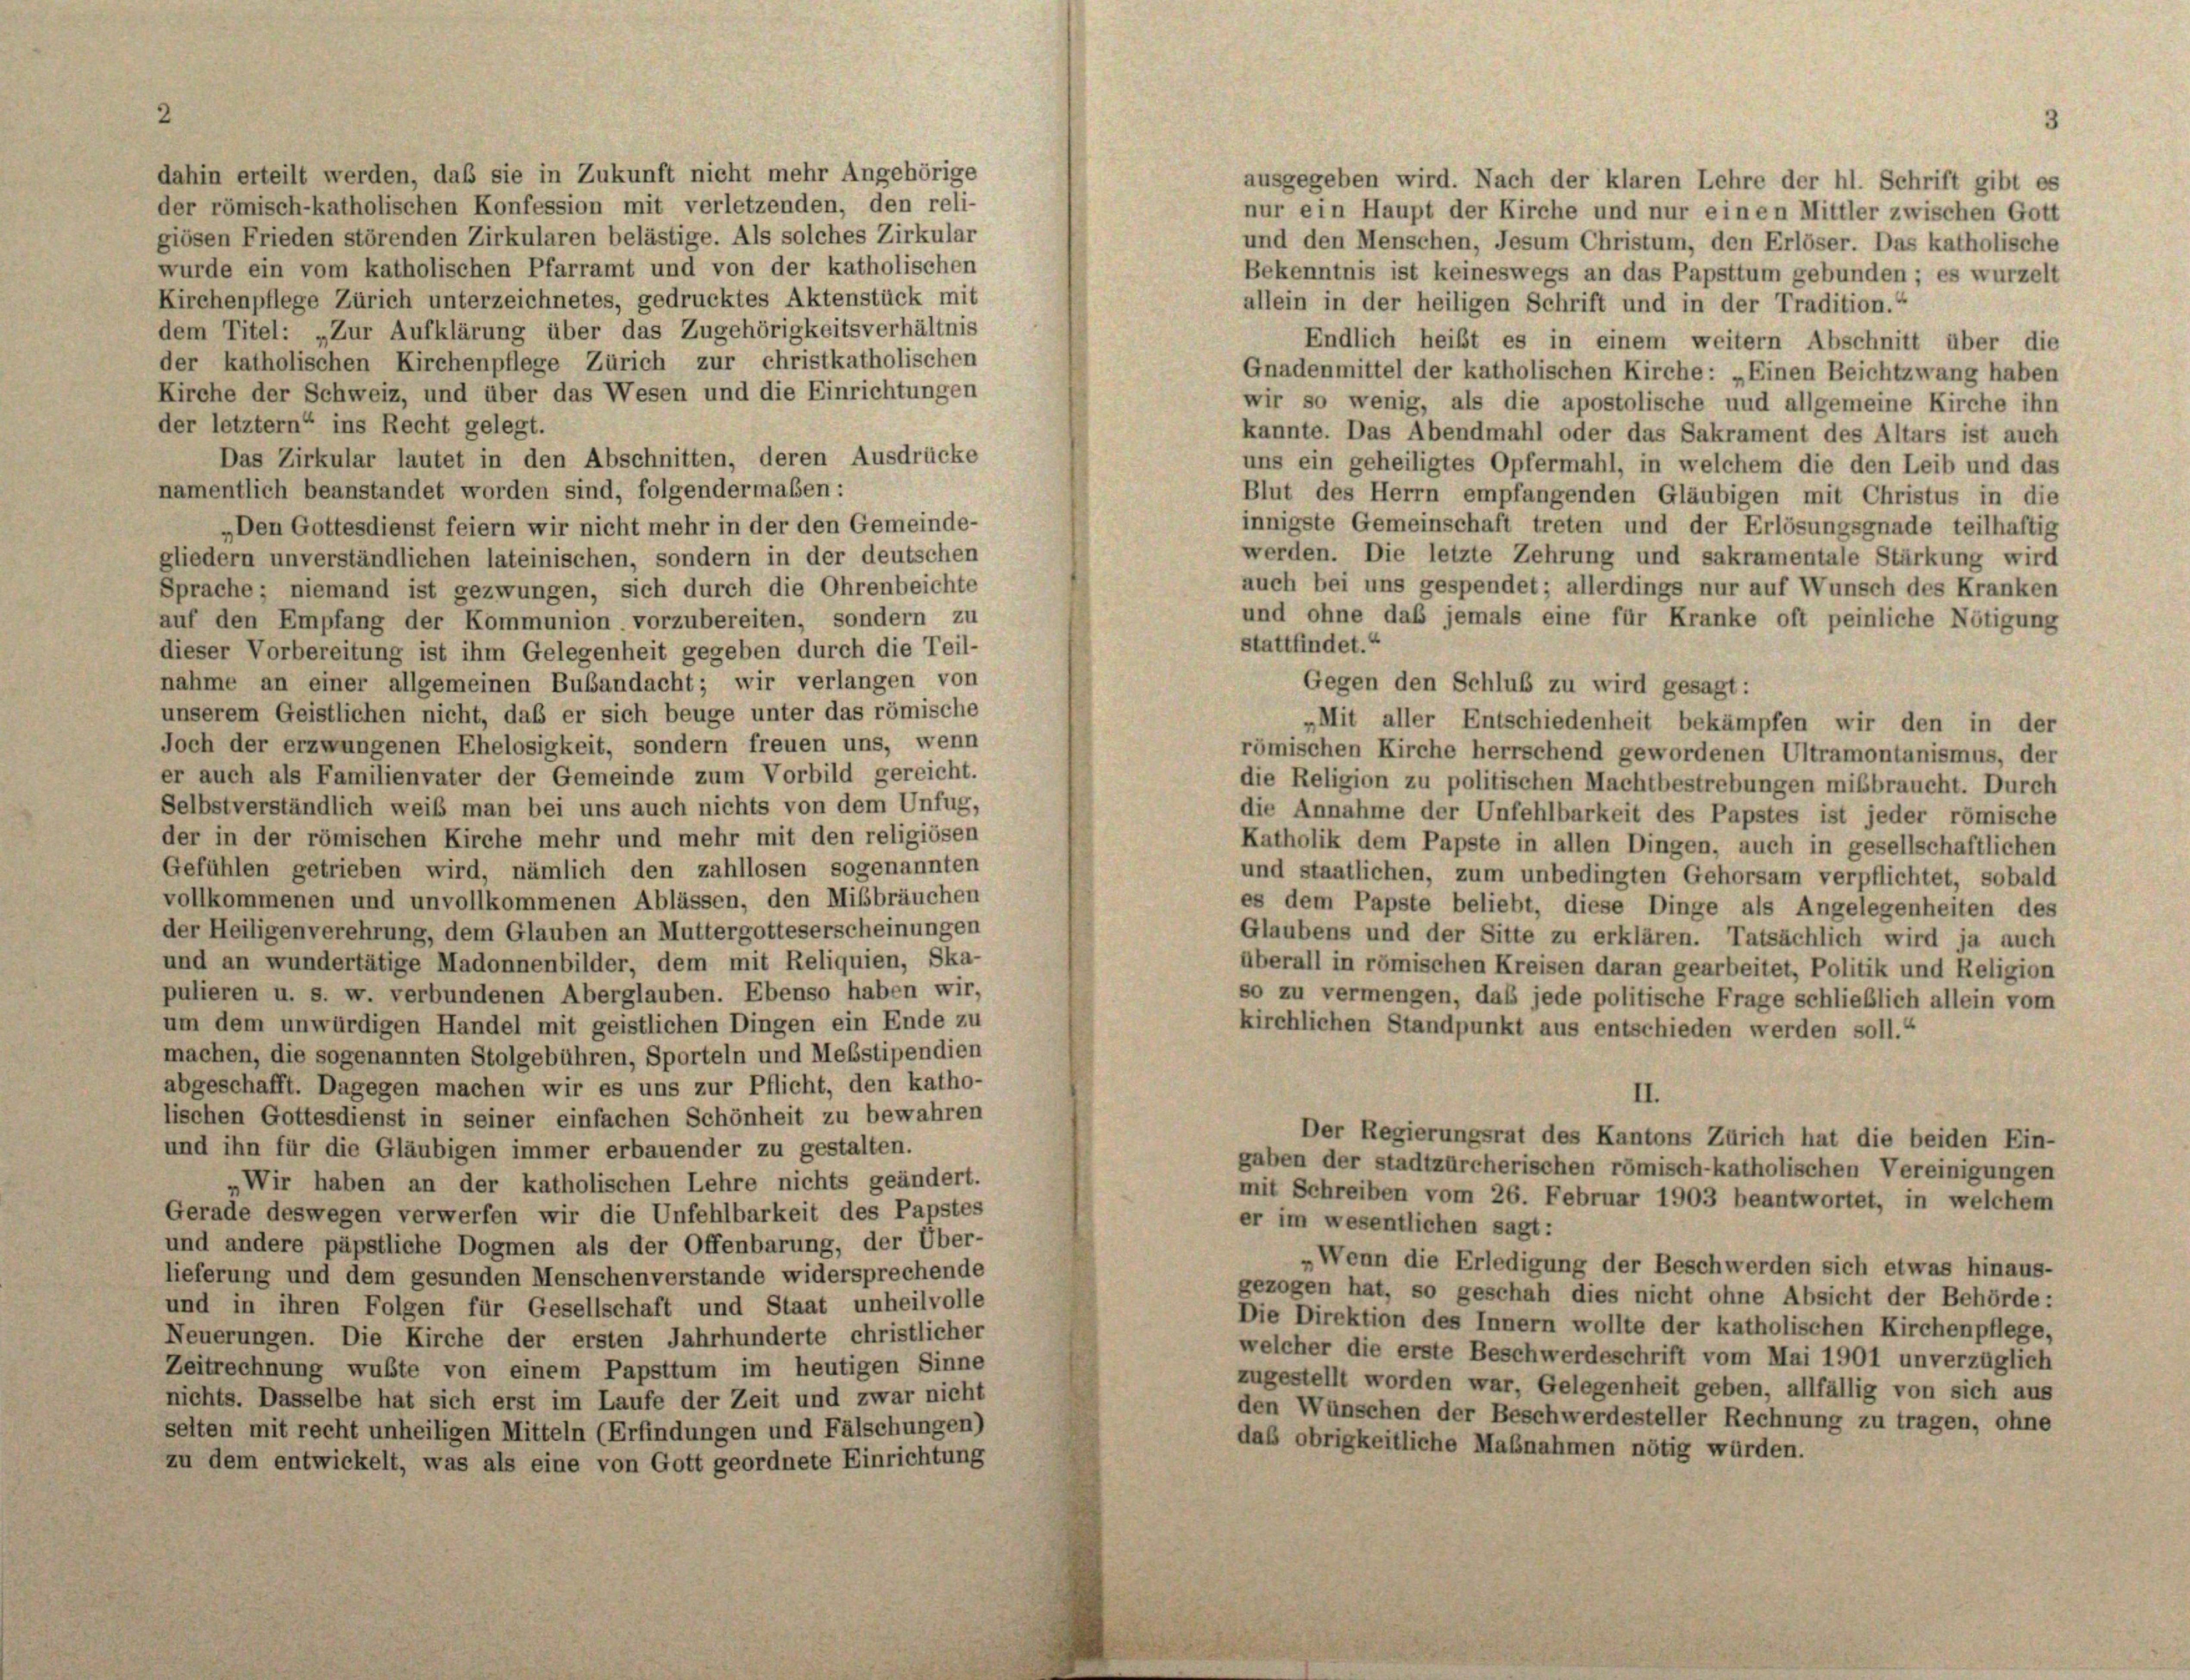
Bekenntnis ist keineswegs an das Papsttum gebunden; es wurzelt
Kirchenpflege Zürich unterzeichnetes, gedrucktes Aktenstück mit
allein in der heiligen Schrift und in der Tradition.“
dem Titel: „Zur Aufklärung über das Zugehörigkeitsverhältnis
Endlich heißt es in einem weitern Abschnitt über die
der katholischen Kirchenpflege Zürich zur christkatholischen
Gnadenmittel der katholischen Kirche: „Einen Beichtzwang haben
Kirche der Schweiz, und über das Wesen und die Einrichtungen
wir so wenig, als die apostolische und allgemeine Kirche ihn
der letztem“ ins Recht gelegt.
kannte. Das Abendmahl oder das Sakrament des Altars ist auch
Das Zirkular lautet in den Abschnitten, deren Ausdrücke
uns ein geheiligtes Opfermahl, in welchem die den Leib und das
namentlich beanstandet worden sind, folgendermaßen:
Blut des Herrn empfangenden Gläubigen mit Christus in die
„Den Gottesdienst feiern wir nicht mehr in der den Gemeinde-
gliedern unverständlichen lateinischen, sondern in der deutschen
Sprache; niemand ist gezwungen, sich durch die Ohrenbeichte
auf den Empfang der Kommunion vorzubereiten, sondern zu
stattfindet.“
dieser Vorbereitung ist ihm Gelegenheit gegeben durch die Teil-
nahme an einer allgemeinen Bubandacht; wir verlangen von
unserem Geistlichen nicht, daß er sich beuge unter das römische
„Mit aller Entschiedenheit bekämpfen wir den in der
Joch der erzwungenen Ehelosigkeit, sondern freuen uns, wenn
römischen Kirche herrschend gewordenen Ultramontanismus, der
er auch als Familienvater der Gemeinde zum Vorbild gereicht.
die Religion zu politischen Machtbestrebungen mißbraucht. Durch
Selbstverständlich weiß man bei uns auch nichts von dem Unfug,
die Annahme der Unfehlbarkeit des Papstes ist jeder römische
der in der römischen Kirche mehr und mehr mit den religiösen
Katholik dem Papste in allen Dingen, auch in gesellschaftlichen
Gefühlen getrieben wird, nämlich den zahllosen sogenannten
und staatlichen, zum unbedingten Gehorsam verpflichtet, sobald
vollkommenen und unvollkommenen Ablassen, den Mißbräuchen
es dem Papste beliebt, diese Dinge als Angelegenheiten des
der Heiligen verehrung, dem Glauben an Muttergotteserscheinungen
Glaubens und der Sitte zu erklären. Tatsächlich wird ja auch
und an wundertätige Madonnenbilder, dem mit Reliquien, Ska-
überall in römischen Kreisen daran gearbeitet, Politik und Religion
pulieren u. s. w. verbundenen Aberglauben. Ebenso haben wir,
so zu vermengen, daß jede politische Frage schließlich allein vom
um dem unwürdigen Handel mit geistlichen Dingen ein Ende zu
kirchlichen Standpunkt aus entschieden werden soll.“
machen, die sogenannten Stolgebühren, Sporteln und Mebstipendien
abgeschafft. Dagegen machen wir es uns zur Pflicht, den katho-
II.
lischen Gottesdienst in seiner einfachen Schönheit zu bewahren
Der Regierungsrat des Kantons Zürich hat die beiden Ein-
und ihn für die Gläubigen immer erbauender zu gestalten.
gaben der stadtzürcherischen römisch-katholischen Vereinigungen
„Wir haben an der katholischen Lehre nichts geändert.
mit Schreiben vom 26. Februar 1903 beantwortet, in welchem
Gerade deswegen verwerfen wir die Unfehlbarkeit des Papstes
er im wesentlichen sagt:
und andere päpstliche Dogmen als der Offenbarung, der Über-
Wenn die Erledigung der Beschwerden sich etwas hinaus-
lieferung und dem gesunden Menschenverstände widersprechende
gezogen hat, so geschah dies nicht ohne Absicht der Behörde:
und in ihren Folgen für Gesellschaft und Staat unheilvolle
Die Direktion des Innern wollte der katholischen Kirchenpflege,
Neuerungen. Die Kirche der ersten Jahrhunderte christlicher
welcher die erste Beschwerdeschrift vom Mai 1901 unverzüglich
Zeitrechnung wußte von einem Papsttum im heutigen Sinne
zugestellt worden war, Gelegenheit geben, allfällig von sich aus
nichts. Dasselbe hat sich erst im Laufe der Zeit und zwar nicht
den Wünschen der Beschwerdesteller Rechnung zu tragen, ohne
selten mit recht unheiligen Mitteln (Erfindungen und Fälschungen)
das obrigkeitliche Maßnahmen nötig würden.
zu dem entwickelt, was als eine von Gott geordnete Einrichtung

dahin erteilt werden, daß sie in Zukunft nicht mehr Angehörige
der römisch-katholischen Konfession mit verletzenden, den reli-
giösen Frieden störenden Zirkularen belästige. Als solches Zirkular
wurde ein vom katholischen Pfarramt und von der katholischen

innigste Gemeinschaft treten und der Erlösungsgnade teilhaftig
werden. Die letzte Zehrung und sakramentale Stärkung wird
auch bei uns gespendet; allerdings nur auf Wunsch des Kranken
und ohne daß jemals eine für Kranke oft peinliche Nötigung
Gegen den Schluß zu wird gesagt:

ausgegeben wird. Nach der klaren Lehre der hl. Schrift gibt es
nur ein Haupt der Kirche und nur einen Mittler zwischen Gott
und den Menschen, Jesum Christum, den Erlöser. Das katholische